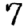
Digit: 7